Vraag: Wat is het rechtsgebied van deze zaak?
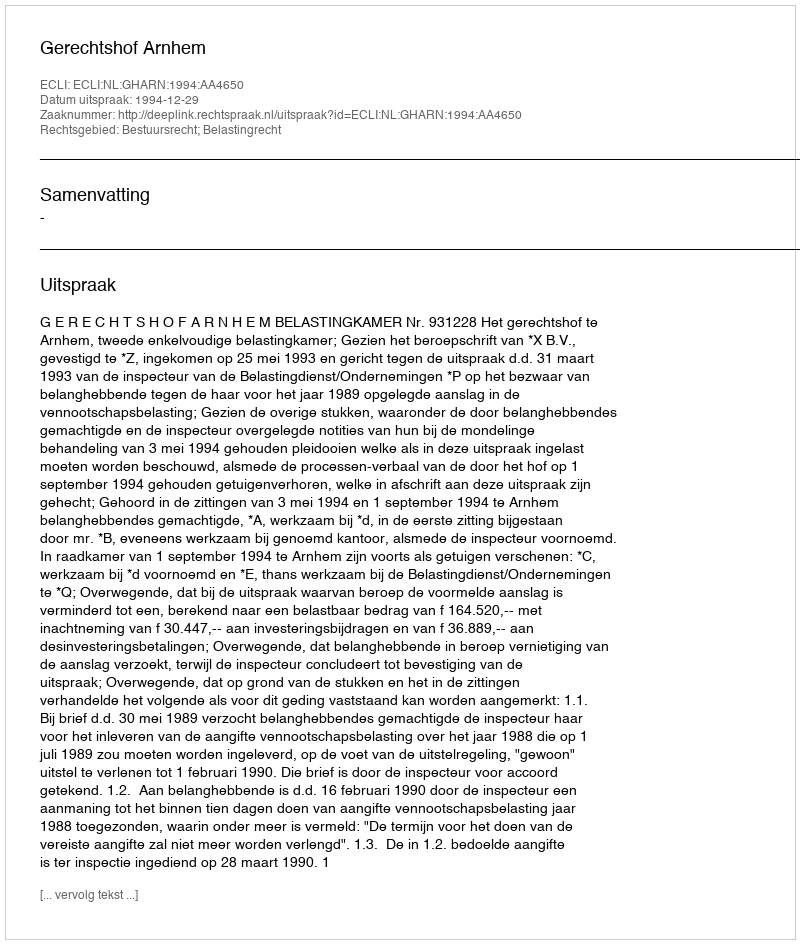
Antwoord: Bestuursrecht; Belastingrecht